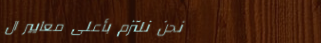
نحن نلتزم بأعلى معايير ال